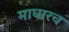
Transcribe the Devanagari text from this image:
माघारच